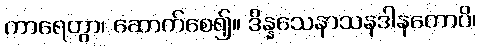
ကာရေတွာ၊ ဆောက်စေ၍။ ဒိန္နသေနာသနဒါနတောပိ၊